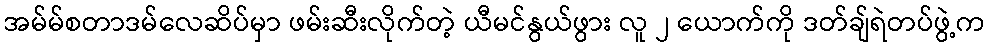
အမ်မ်စတာဒမ်လေဆိပ်မှာ ဖမ်းဆီးလိုက်တဲ့ ယီမင်နွယ်ဖွား လူ ၂ ယောက်ကို ဒတ်ချ်ရဲတပ်ဖွဲ့က